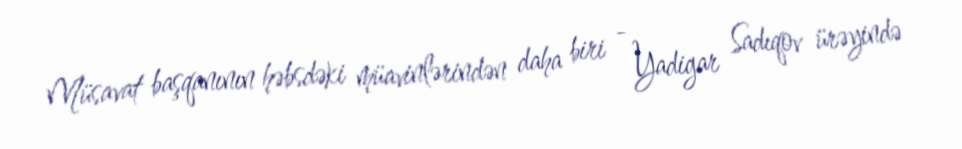
Müsavat başqanının həbsdəki müavinlərindən daha biri - Yadigar Sadıqov ürəyində